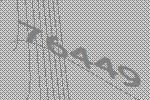
76449